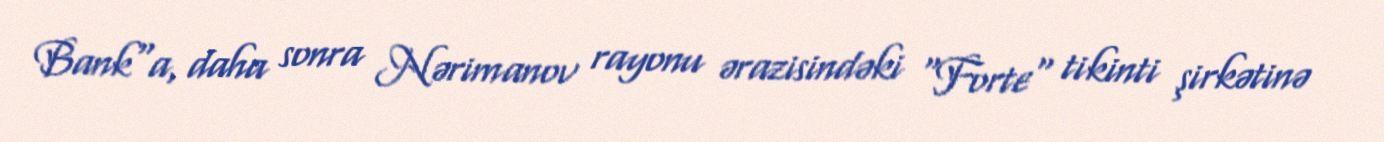
Bank"a, daha sonra Nərimanov rayonu ərazisindəki "Forte" tikinti şirkətinə